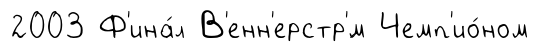
2003 Ф'ина́л В'енн'ерстр'́м Чемп'ио́ном